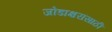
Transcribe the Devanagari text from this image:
जोडाक्षरांसाठी